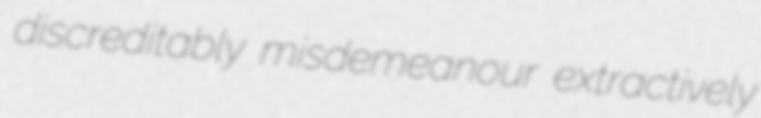
discreditably misdemeanour extractively